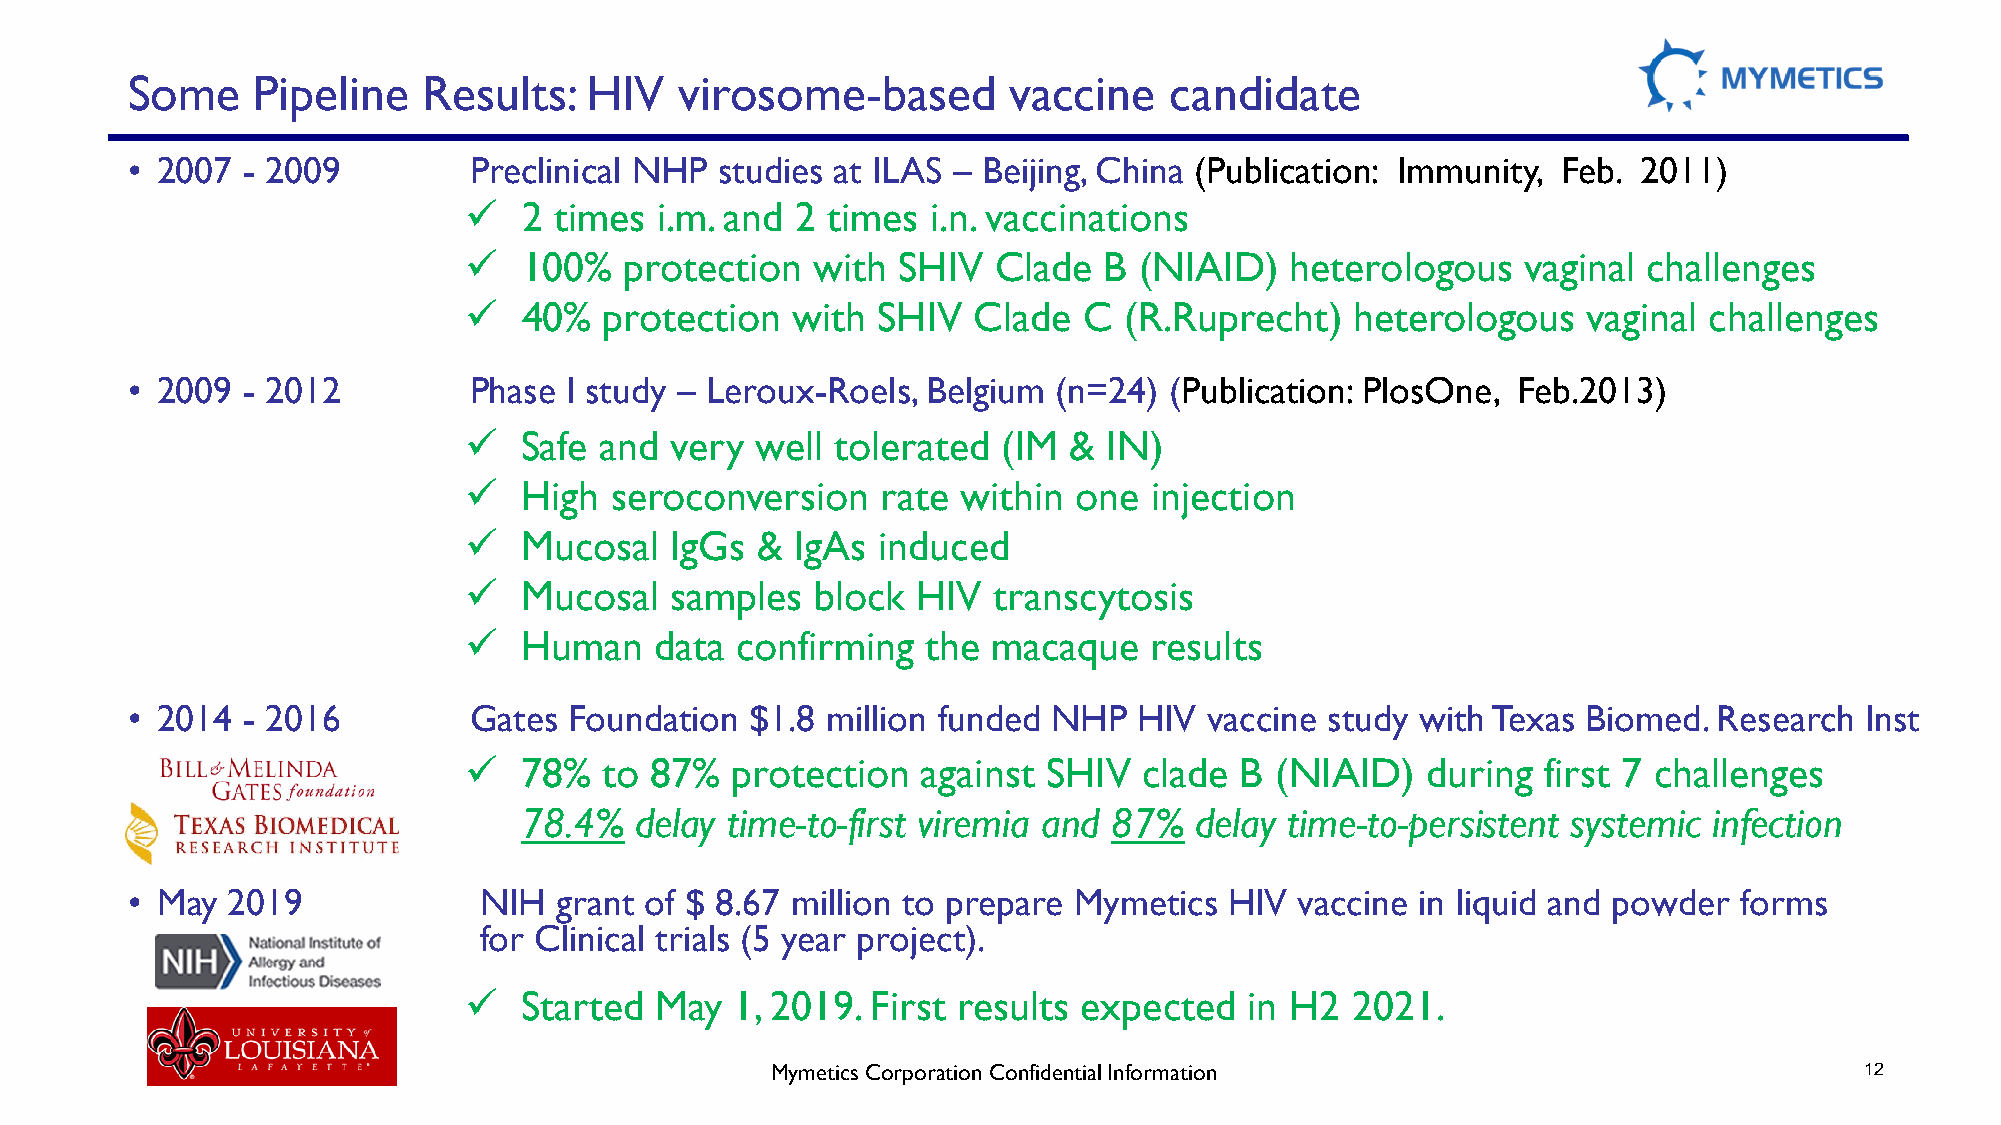
Some     Pipeline   Results:   HIV   virosome-based        vaccine   candidate
 • 2007  - 2009         Preclinical NHP  studies at ILAS – Beijing, China (Publication: Immunity, Feb. 2011)
 ✓   2 times i.m. and  2 times  i.n. vaccinations
 ✓   100%  protection   with SHIV   Clade  B (NIAID)   heterologous    vaginal challenges
 ✓   40%  protection  with  SHIV  Clade   C (R.Ruprecht)    heterologous   vaginal challenges
 • 2009  - 2012         Phase I study – Leroux-Roels, Belgium  (n=24) (Publication: PlosOne, Feb.2013)
 ✓  Safe  and very  well tolerated  (IM  & IN)
 ✓  High  seroconversion    rate  within one  injection
 ✓  Mucosal   IgGs  &  IgAs induced
 ✓  Mucosal   samples   block  HIV  transcytosis
 ✓  Human    data  confirming  the  macaque   results
 • 2014  - 2016         Gates  Foundation  $1.8 million funded NHP  HIV  vaccine study with Texas Biomed.  Research Inst
 ✓  78%   to 87%  protection   against SHIV   clade B (NIAID)   during  first 7 challenges
 78.4%   delay time-to-first viremia and 87%  delay time-to-persistent systemic infection
 • May  2019             NIH  grant of $ 8.67 million to prepare Mymetics HIV  vaccine in liquid and powder forms
 for Clinical trials (5 year project).
 ✓  Started  May   1, 2019. First results expected   in H2 2021.
 MymeticsCorporation Confidential Information                            12